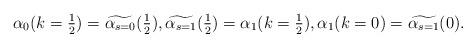
LaTeX: \begin{align*} \alpha_0(k=\tfrac12) = \widetilde{\alpha_{s = 0}}(\tfrac12), \widetilde{\alpha_{s=1}}(\tfrac12) = \alpha_1(k = \tfrac12), \alpha_1(k=0) = \widetilde{\alpha_{s = 1}}(0). \end{align*}